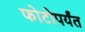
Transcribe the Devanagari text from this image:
फोटोपर्यंत